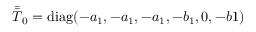
\bar { \bar { T } } _ { 0 } = \mathrm { d i a g } ( - a _ { 1 } , - a _ { 1 } , - a _ { 1 } , - b _ { 1 } , 0 , - b 1 )